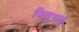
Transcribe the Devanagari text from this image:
जितूभाई